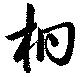
桐